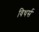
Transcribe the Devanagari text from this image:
विथर्स